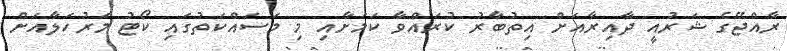
ރާއްޖޭގެ ޝަރުއީ ދާއިރާއަށް އިތުބާރު ކުރައްވާ ކަމަށާއި މި މަސައްކަތުގައި ކޯޓު މަރުހަލާއަށް